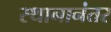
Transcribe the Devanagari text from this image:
स्थानानंतर